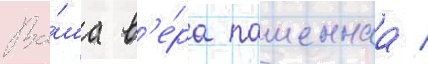
Ва́ша в'е́ра пашеннаа /